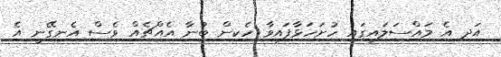
އަދި އެ މައްސަލައިގައި ހުށަހަޅާފައިވާ ހެކިން ބުނާ އެއްޗެއް ވެސް އެނގޭނީ އެ